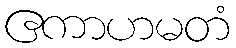
ဧကာဟမတံ